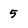
Character: 5